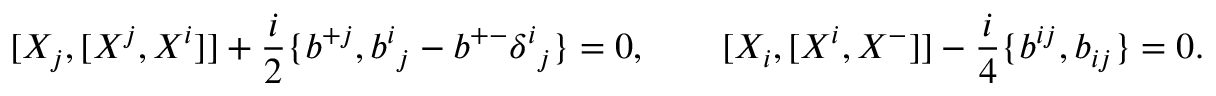
[ X _ { j } , [ X ^ { j } , X ^ { i } ] ] + { \frac { i } { 2 } } \{ b ^ { + j } , b ^ { i } { } _ { j } - b ^ { + - } \delta ^ { i } { } _ { j } \} = 0 , \qquad [ X _ { i } , [ X ^ { i } , X ^ { - } ] ] - { \frac { i } { 4 } } \{ b ^ { i j } , b _ { i j } \} = 0 .